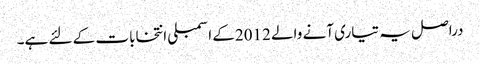
دراصل یہ تیاری آنے والے 2012کے اسمبلی انتخابات کے لئے ہے۔